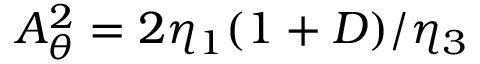
A _ { \theta } ^ { 2 } = 2 \eta _ { 1 } ( 1 + D ) / \eta _ { 3 }